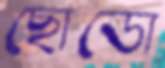
ছোডো